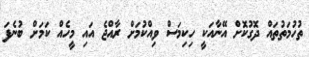
ތުހުމަތުތައް ދޮގުކޮށް އޭނާއަކީ ހިކިމަސް ވިއްކުމަށް ރާއްޖެ އައި މީހެއް ކަމަށް ބުނެފަ